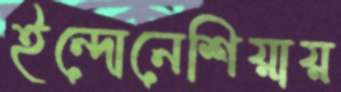
ইন্দোনেশিয়ায়